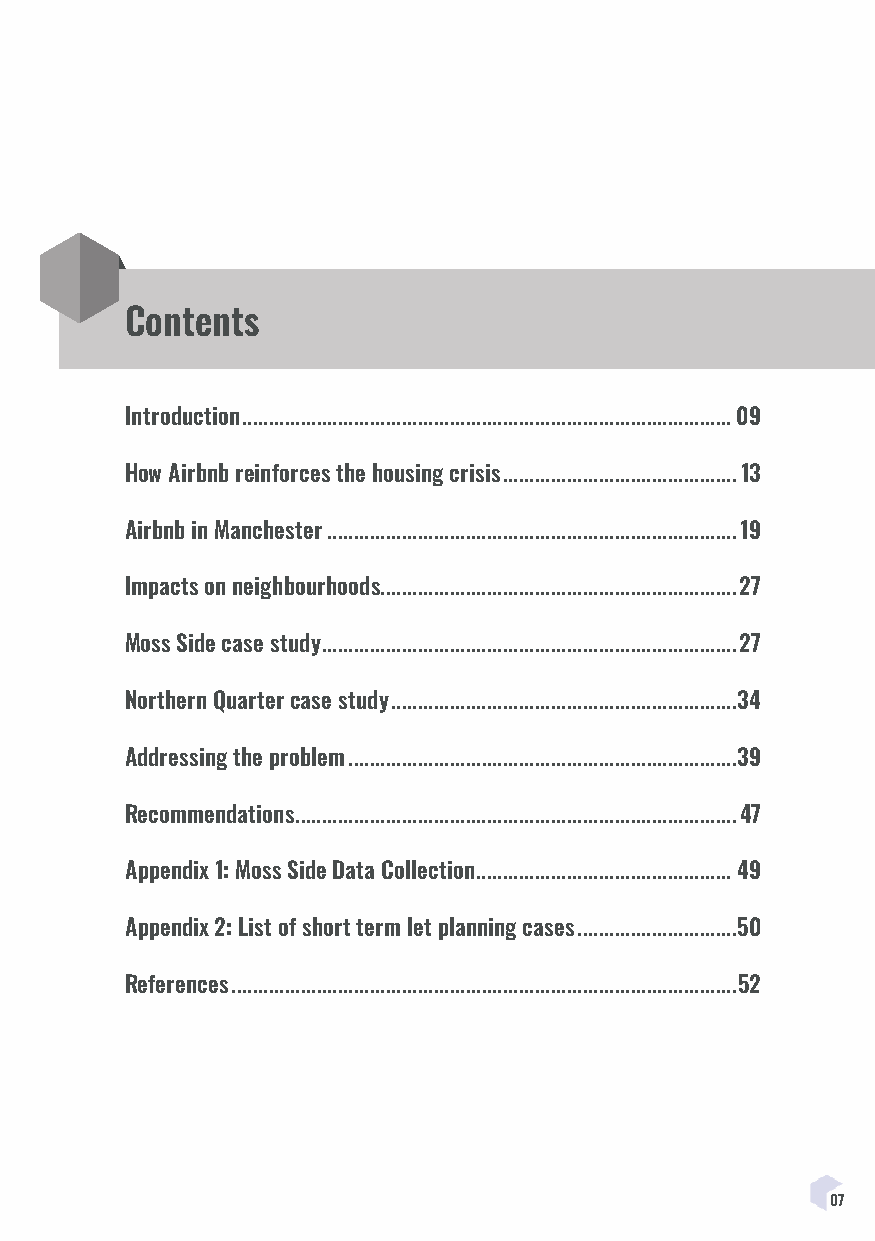
Contents
 Introduction ............................................................................................09
 How Airbnb reinforces the housing crisis ............................................13
 Airbnb in Manchester .............................................................................19
 Impacts on neighbourhoods ...................................................................27
 Moss Side case study ..............................................................................27
 Northern Quarter case study .................................................................34
 Addressing the problem .........................................................................39
 Recommendations ...................................................................................47
 Appendix 1: Moss Side Data Collection ................................................49
 Appendix 2: List of short term let planning cases ..............................50
 References ...............................................................................................52
 07